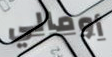
أومالي